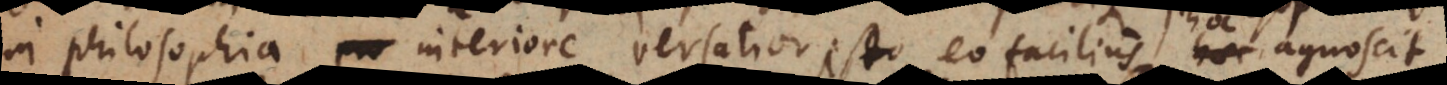
in Philosophia interiore versatior est, eo facilius hoc agnoscit